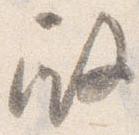
殿